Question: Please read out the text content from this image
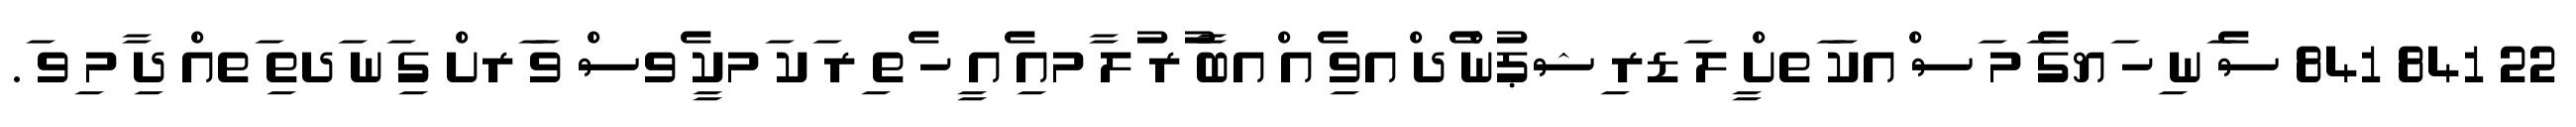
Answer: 22 841 841 ސެ ަނ ިހ ަޔގެ ަމ ަސ ްއކަ ަތށް ީލ ަޑރ ިޝޕުން ެދ ްއވި ެއ ްއބާ ުރ ުލ ާމއި ެއ ީހ ެތ ިރ ަކ ަމކީ ެވސް ވަ ަރށް ގި ަނ ަދތި ަތއް ދި ާމ ިވ ަ.